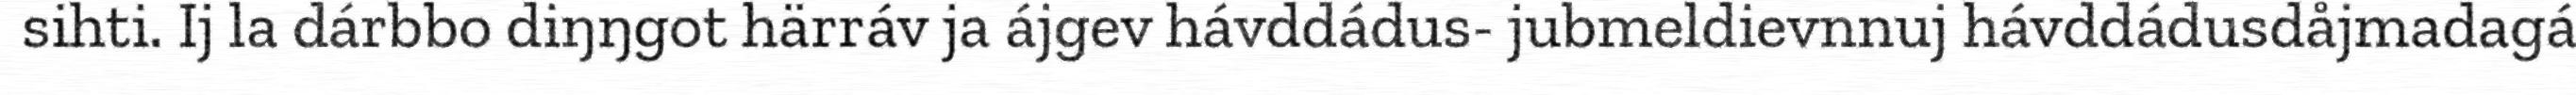
sihti. Ij la dárbbo diŋŋgot härráv ja ájgev hávddádus- jubmeldievnnuj hávddádusdåjmadagá